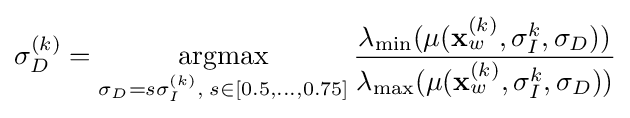
\sigma _{D}^{(k)}={\underset {\sigma _{D}=s\sigma _{I}^{(k)},\;s\in [0.5,\dots ,0.75]}{\operatorname {argmax} }}\,{\frac {\lambda _{\min }(\mu (\mathbf {x} _{w}^{(k)},\sigma _{I}^{k},\sigma _{D}))}{\lambda _{\max }(\mu (\mathbf {x} _{w}^{(k)},\sigma _{I}^{k},\sigma _{D}))}}